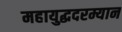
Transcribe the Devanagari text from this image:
महायुद्धदरम्यान